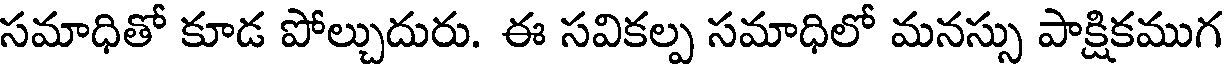
సమాధితో కూడ పోల్చుదురు. ఈ సవికల్ప సమాధిలో మనస్సు పాక్షికముగ